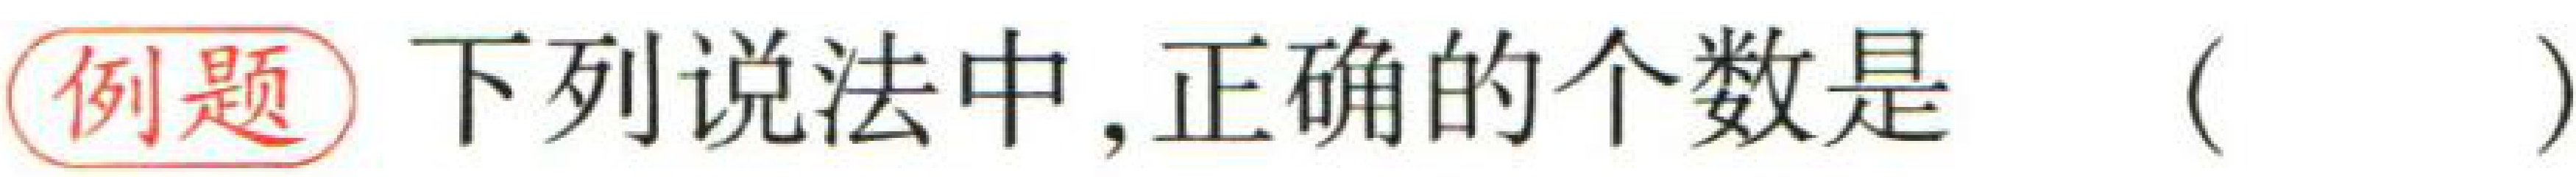
例题 下列说法中,正确的个数是（  ）